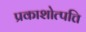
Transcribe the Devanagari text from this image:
प्रकाशोत्पत्ति